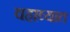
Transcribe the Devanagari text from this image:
वहाव्यात